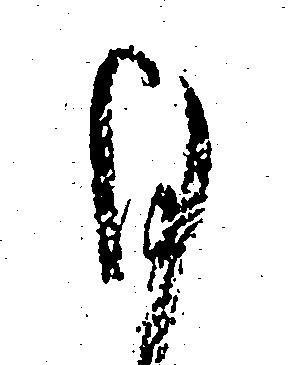
ひ